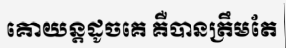
គោយន្តដូចគេ គឺបានត្រឹមតែ